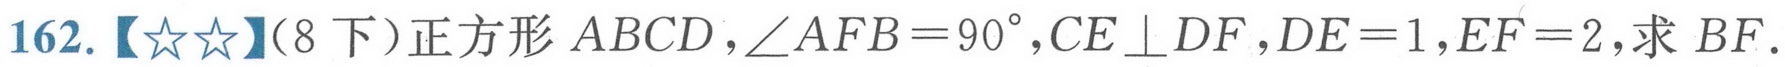
162.【\(☆☆\)】(8下）正方形\(ABCD\)，\(\angle AFB = 90^{\circ},CE\perp DF\)，\(DE = 1,EF = 2\)，求 \(BF\).